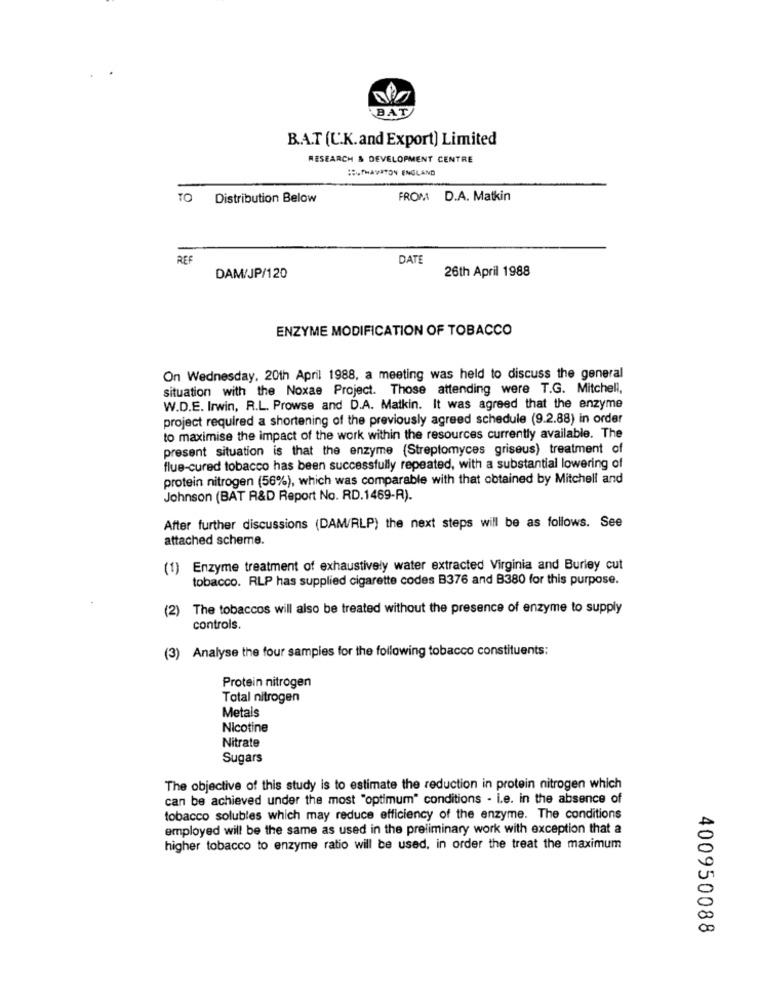
BAT
B.A.T (U.K.and Export) Limited
RESEARCH & DEVELOPMENT CENTRE
:HAVITON ENGLAND
TO
Distribution Below
FROM D.A. Matkin
REF
DATE
26th April 1988
DAM/JP/120
ENZYME MODIFICATION OF TOBACCO
On Wednesday, 20th April 1988, a meeting was held to discuss the general
situation with the Noxae Project. Those attending were T.G. Mitchell,
W.D.E. Irwin, R.L. Prowse and D.A. Malkin. It was agreed that the enzyme
project required a shortening of the previously agreed schedule (9.2.88) in order
to maximise the impact of the work within the resources currently available. The
present situation is that the enzyme (Streptomyces griseus) treatment of
flue-cured tobacco has been successfully repeated, with a substantial lowering of
protein nitrogen (56%), which was comparable with that obtained by Mitchell and
Johnson (BAT R&D Report No. RD.1469-R).
After further discussions (DAM/RLP) the next steps will be as follows. See
attached scheme.
(1) Enzyme treatment of exhaustively water extracted Virginia and Burley cut
tobacco. RLP has supplied cigarette codes B376 and B380 for this purpose.
(2)
The tobaccos will also be treated without the presence of enzyme to supply
controls.
(3) Analyse the four samples for the following tobacco constituents:
Protein nitrogen
Total nitrogen
Metals
Nicotine
Nitrate
Sugars
The objective of this study is to estimate the reduction in protein nitrogen which
can be achieved under the most "optimum" conditions . i.e. in the absence of
tobacco solubles which may reduce efficiency of the enzyme. The conditions
employed will be the same as used in the preliminary work with exception that a
higher tobacco to enzyme ratio will be used, in order the treat the maximum
400950088